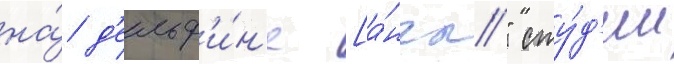
на́ д'ельф'и́н'е [а́нгл." сту́д'ии